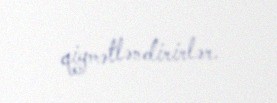
qiymətləndirirlər.